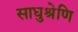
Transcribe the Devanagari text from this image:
साधुश्रेणि